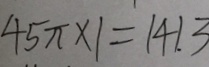
4 5 \pi \times 1 = 1 4 1 . 3